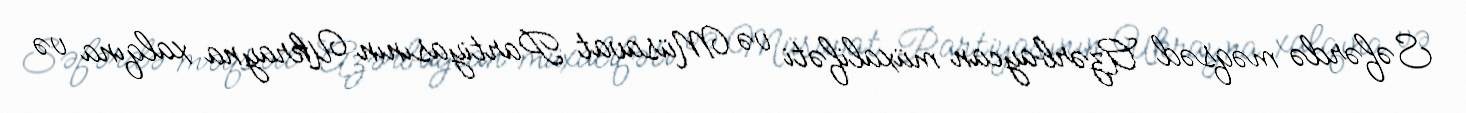
Səfərdə məqsəd Azərbaycan müxalifəti və Müsavat Partiyasının Ukrayna xalqına və